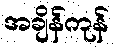
အချိန်ကုန်